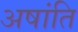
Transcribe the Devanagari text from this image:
अषांति